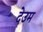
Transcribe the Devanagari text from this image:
देउम